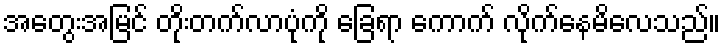
အတွေးအမြင် တိုးတက်လာပုံကို ခြေရာ ကောက် လိုက်နေမိလေသည်။